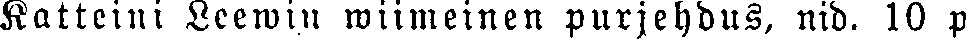
Katteini Leewin wiimeinen purjehdus, nid. 10 p